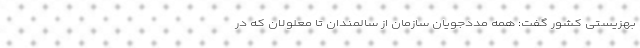
بهزیستی کشور گفت: همه مددجویان سازمان از سالمندان تا معلولان که در